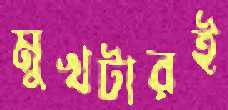
মুখটারই